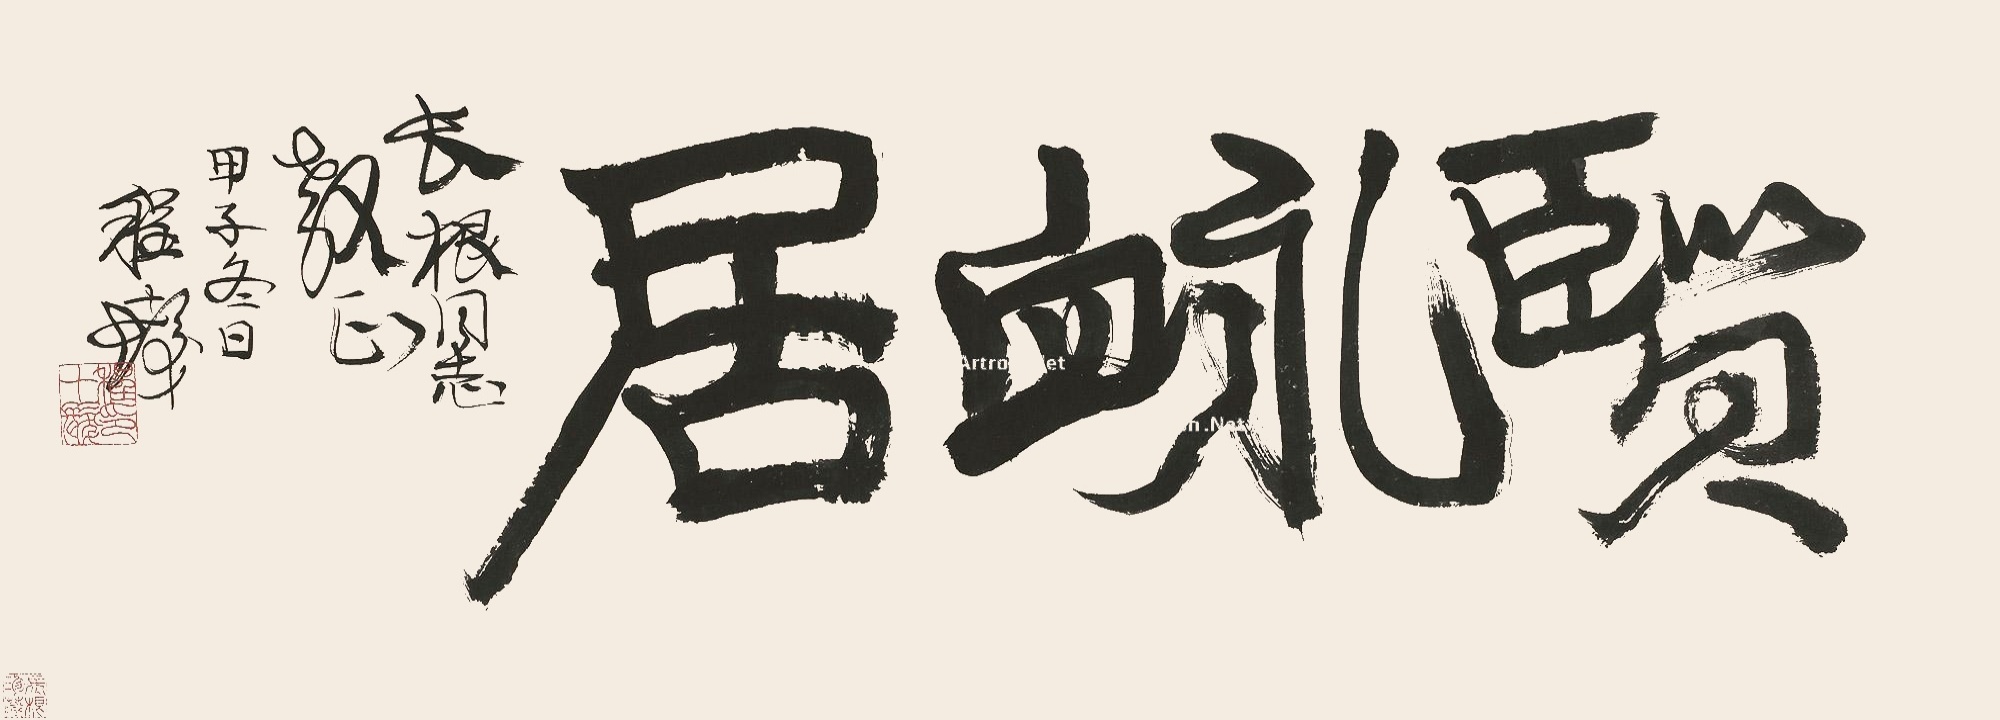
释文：贤居。长根同志教正，甲子冬日。